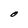
Character: O